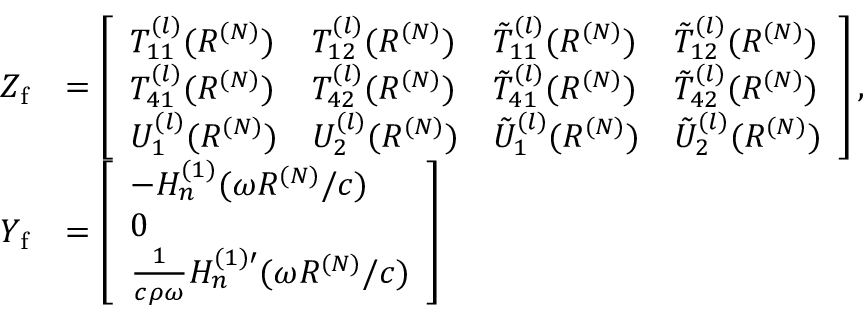
\begin{array} { r l } { Z _ { \mathrm { f } } } & { = \left[ \begin{array} { l l l l } { T _ { 1 1 } ^ { ( l ) } ( R ^ { ( N ) } ) } & { T _ { 1 2 } ^ { ( l ) } ( R ^ { ( N ) } ) } & { \tilde { T } _ { 1 1 } ^ { ( l ) } ( R ^ { ( N ) } ) } & { \tilde { T } _ { 1 2 } ^ { ( l ) } ( R ^ { ( N ) } ) } \\ { T _ { 4 1 } ^ { ( l ) } ( R ^ { ( N ) } ) } & { T _ { 4 2 } ^ { ( l ) } ( R ^ { ( N ) } ) } & { \tilde { T } _ { 4 1 } ^ { ( l ) } ( R ^ { ( N ) } ) } & { \tilde { T } _ { 4 2 } ^ { ( l ) } ( R ^ { ( N ) } ) } \\ { U _ { 1 } ^ { ( l ) } ( R ^ { ( N ) } ) } & { U _ { 2 } ^ { ( l ) } ( R ^ { ( N ) } ) } & { \tilde { U } _ { 1 } ^ { ( l ) } ( R ^ { ( N ) } ) } & { \tilde { U } _ { 2 } ^ { ( l ) } ( R ^ { ( N ) } ) } \end{array} \right] , } \\ { Y _ { \mathrm { f } } } & { = \left[ \begin{array} { l } { - H _ { n } ^ { ( 1 ) } ( \omega R ^ { ( N ) } / c ) } \\ { 0 } \\ { \frac { 1 } { c \rho \omega } H _ { n } ^ { ( 1 ) \prime } ( \omega R ^ { ( N ) } / c ) } \end{array} \right] } \end{array}